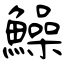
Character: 鱢